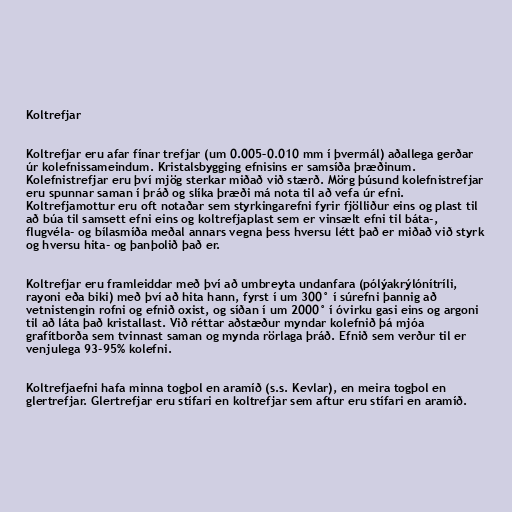
Koltrefjar

Koltrefjar eru afar fínar trefjar (um 0.005–0.010 mm í þvermál) aðallega gerðar
úr kolefnissameindum. Kristalsbygging efnisins er samsíða þræðinum.
Kolefnistrefjar eru því mjög sterkar miðað við stærð. Mörg þúsund kolefnistrefjar
eru spunnar saman í þráð og slíka þræði má nota til að vefa úr efni.
Koltrefjamottur eru oft notaðar sem styrkingarefni fyrir fjölliður eins og plast til
að búa til samsett efni eins og koltrefjaplast sem er vinsælt efni til báta-,
flugvéla- og bílasmíða meðal annars vegna þess hversu létt það er miðað við styrk
og hversu hita- og þanþolið það er.

Koltrefjar eru framleiddar með því að umbreyta undanfara (pólýakrýlónítríli,
rayoni eða biki) með því að hita hann, fyrst í um 300° í súrefni þannig að
vetnistengin rofni og efnið oxist, og síðan í um 2000° í óvirku gasi eins og argoni
til að láta það kristallast. Við réttar aðstæður myndar kolefnið þá mjóa
grafítborða sem tvinnast saman og mynda rörlaga þráð. Efnið sem verður til er
venjulega 93-95% kolefni.

Koltrefjaefni hafa minna togþol en aramíð (s.s. Kevlar), en meira togþol en
glertrefjar. Glertrefjar eru stífari en koltrefjar sem aftur eru stífari en aramíð.